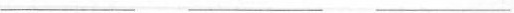
___ ___ ___